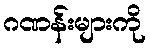
ဂဏန်းများကို